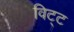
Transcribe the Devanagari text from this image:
विट्ट